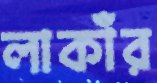
লাকাঁর